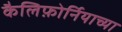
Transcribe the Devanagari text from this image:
कैलिफ़ोर्नियाच्या